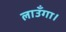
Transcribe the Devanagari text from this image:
लाउँगा।